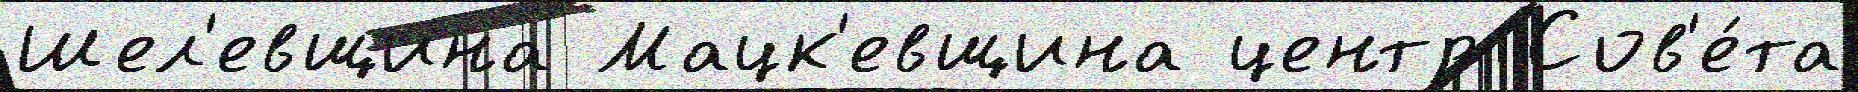
Шел'евщина Мацк'евщина центр Сов'е́та